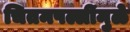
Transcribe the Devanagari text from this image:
चितमपल्लींमुळे